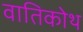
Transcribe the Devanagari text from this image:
वातिकोथ